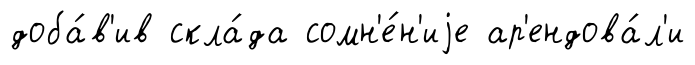
доба́в'ив скла́да сомн'е́н'иjе ар'ендова́л'и